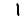
Digit: 1